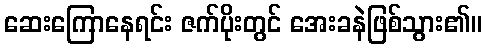
ဆေးကြောနေရင်း ဇက်ပိုးတွင် အေးခနဲဖြစ်သွား၏။